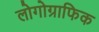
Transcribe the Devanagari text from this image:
लोगोग्राफिक